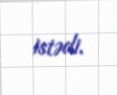
istədi.